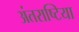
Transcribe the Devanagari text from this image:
अंतराष्टिया